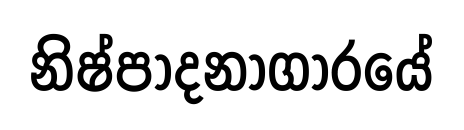
නිෂ්පාදනාගාරයේ